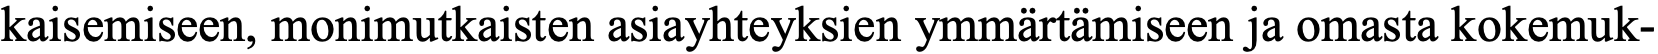
kaisemiseen, monimutkaisten asiayhteyksien ymmärtämiseen ja omasta kokemuk-